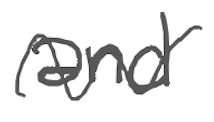
Text: and
Cross-out: wave
Writing tool: digital_gray